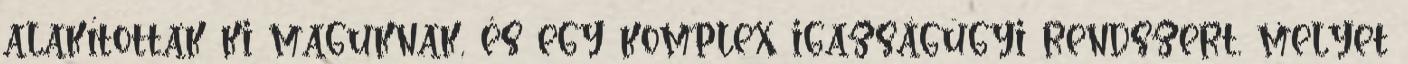
alakítottak ki maguknak, és egy komplex igazságügyi rendszert, melyet